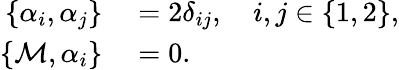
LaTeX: \begin{array}{rl}{\{ \alpha_{i},\alpha_{j}\} }&{{}=2\delta_{ij},\quad i,j\in\{ 1,2\} ,}\\ {\{ \mathcal{M},\alpha_{i}\} }&{{}=0.}\end{array}